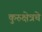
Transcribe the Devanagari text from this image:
कुरुक्षेत्रचे